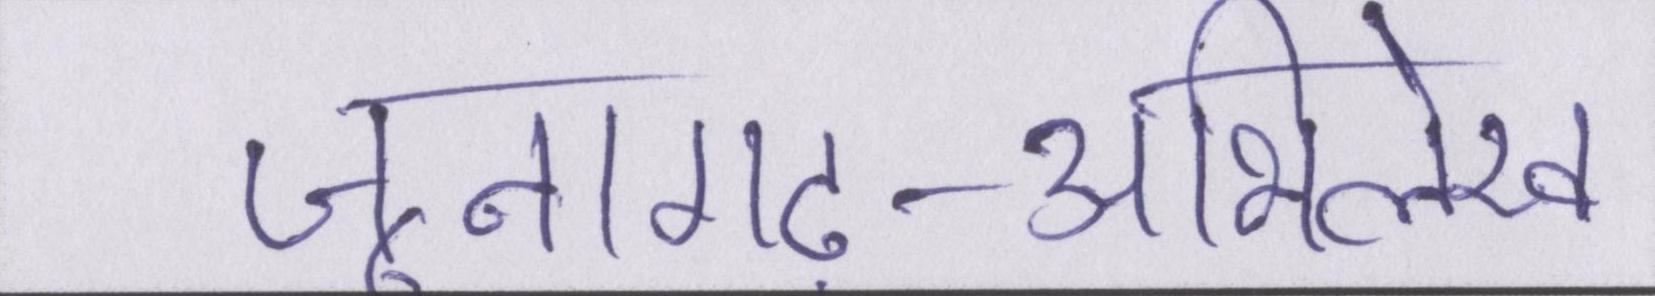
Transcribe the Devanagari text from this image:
जूनागढ़-अभिलेख